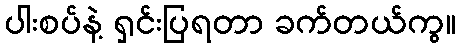
ပါးစပ်နဲ့ ရှင်းပြရတာ ခက်တယ်ကွ။